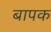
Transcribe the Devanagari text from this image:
बापक